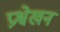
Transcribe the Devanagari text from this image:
प्रश्वेखन